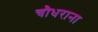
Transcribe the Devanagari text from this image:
चौधराना